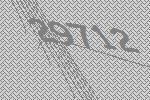
29712